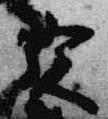
宮